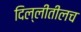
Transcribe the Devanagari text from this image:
दिल्लीतीलच